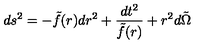
d s ^ { 2 } = - \tilde { f } ( r ) d r ^ { 2 } + \frac { d t ^ { 2 } } { \tilde { f } ( r ) } + r ^ { 2 } d \tilde { \Omega }